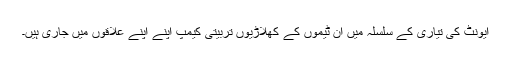
ایونٹ کی تیاری کے سلسلہ میں ان ٹیموں کے کھلاڑیوں تربیتی کیمپ اپنے اپنے علاقوں میں جاری ہیں۔